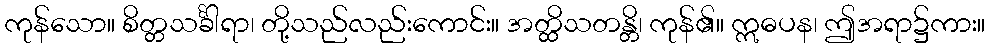
ကုန်သော။ စိတ္တသင်္ခါရာ၊ တို့သည်လည်းကောင်း။ အတ္ထိသတန္တိ၊ ကုန်၏။ ဣဓပန၊ ဤအရာ၌ကား။